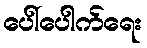
ပေါ်ပေါက်ရေး